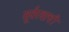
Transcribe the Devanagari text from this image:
सूर्यरथाची